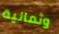
وثمانية